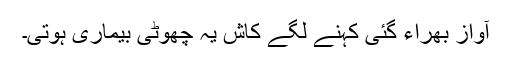
آواز بھراء گئی کہنے لگے کاش یہ چھوٹی بیماری ہوتی۔